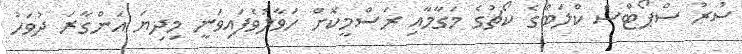
ސުރު ސްޕޯޓްސް ކްލަބްގެ ކޯޗުގެ މަގާމާއި ރަސްމީކޮށް ހަވާލުވެފައިވަނީ މިދިޔަ އަންގާރަ ދުވަހު